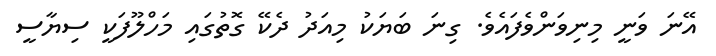
އޭނަ ވަނީ މިނިވަންވެފައެވެ. ގިނަ ބަޔަކު މިއަދު ދެކޭ ގޮތުގައި މަހްލޫފަކީ ސިޔާސީ